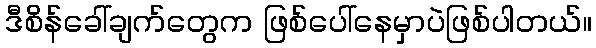
ဒီစိန်ခေါ်ချက်တွေက ဖြစ်ပေါ်နေမှာပဲဖြစ်ပါတယ်။